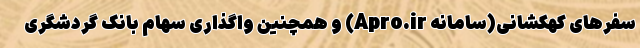
سفرهای کهکشانی(سامانه Apro.ir) و همچنین واگذاری سهام بانک گردشگری